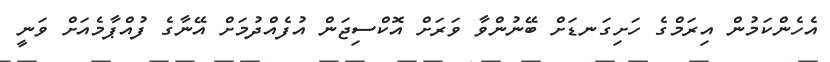
އެހެންކަމުން އިރަމްގެ ހަށިގަނޑަށް ބޭނުންވާ ވަރަށް އޮކްސިޖަން އުފެއްދުމަށް އޭނާގެ ފުއްޕާމެއަށް ވަނީ